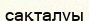
сақталуы